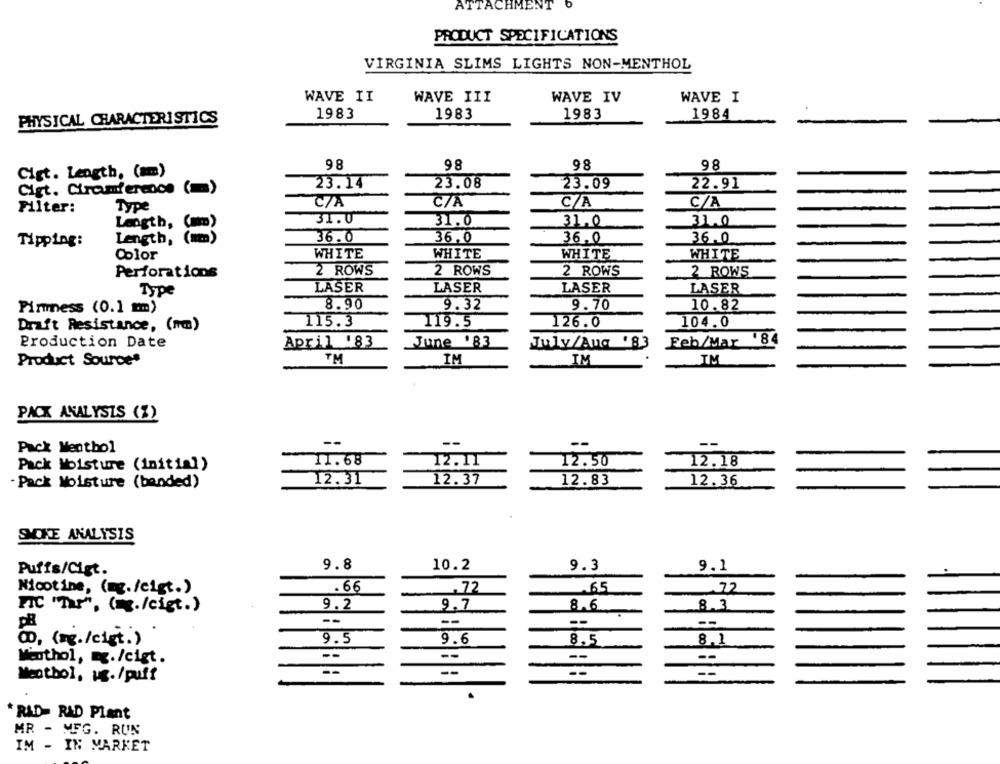
ATTACHMENT 0
PRODUCT SPECIFICATIONS
VIRGINIA SLIMS LIGHTS NON-MENTHOL
WAVE II
WAVE III
WAVE IV
WAVE I
1983
1983
1983
1984
PHYSICAL CHARACTERISTICS
98
98
98
98
Cigt. Length. (mmm)
23.14
23.09
Cigt. Circumference (m)
23.08
22.91
Type
CZA
C/A
C/A
C/A
Filter:
31.0
31.0
31.0
Length,
( mm )
31.0
36.0
Tipping:
Length, (mm)
36.0
36.0
36.0
Color
WHITE
WHITE
WHITE
WHITE
Perforations
2 ROWS
2 ROWS
2 ROWS
2 ROWS
LASER
LASER
LASER
LASER
Type
8.90
9.32
9.70
10.82
Pirmess (0.1 mm)
Draft Resistance, (mm)
115.3
119.5
126.0
104.0
Production Date
April .83
June '83
July/Aug '83
Feb/Mar '8
Product Source*
TM
IM
IM
IM
PACK ANALYSIS (%)
--
--
Pack Menthol
Pack Moisture (initial)
-11.68
12.11
12.50
12.18
12.31
12.37
12.83
12.36
- Pack Moisture (banded)
SMOKE ANALYSIS
9.8
10.2
9.1
Puffs/Cigt.
9.3
Nicotine, (mg./cigt.)
.. 66
.72
.65
72
FIC "Tar", (m./cigt.)
9.2
9.7
8.6
8.3
--
--
0, (mg./cist.)
9.5
9.6
8.5
8.1
--
Menthol, E./cigt.
--
--
Menthol, ug./puff
--
*RAD- RAD Plant
MR - MFG. RUN
IM - IN MARKET